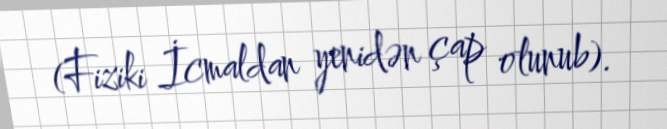
(Fiziki İcmaldan yenidən çap olunub).